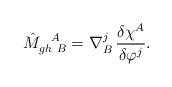
LaTeX: \begin{align*}\hat {M}_{gh \ B}^{\ \ A} = \nabla^j_B \, \frac{\delta\chi^A}{\delta \varphi^j}.\end{align*}